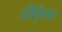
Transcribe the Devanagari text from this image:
धीकुँवार